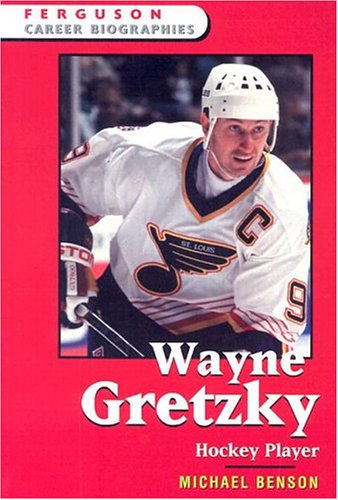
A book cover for Wayne Gretzky: Hockey Player (Ferguson Career Biographies); Michael Benson; Teen & Young Adult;